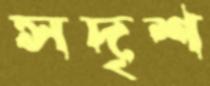
সদৃশ